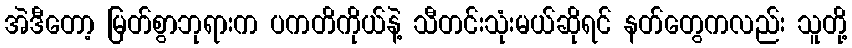
အဲဒီတော့ မြတ်စွာဘုရားက ပကတိကိုယ်နဲ့ သီတင်းသုံးမယ်ဆိုရင် နတ်တွေကလည်း သူတို့